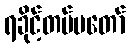
ရခိုင့်တပ်မတော်